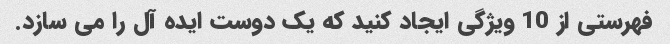
فهرستی از 10 ویژگی ایجاد کنید که یک دوست ایده آل را می سازد.